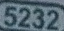
5232